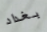
بغداد